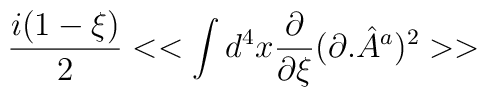
\frac{i(1-\xi )}{2}<<\int d^{4}x\frac{\partial }{\partial \xi }(\partial .{\hat{A}}^{a})^{2}>>